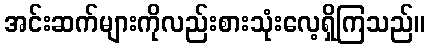
အင်းဆက်များကိုလည်းစားသုံးလေ့ရှိကြသည်။